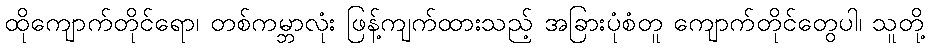
ထိုကျောက်တိုင်ရော၊ တစ်ကမ္ဘာလုံး ဖြန့်ကျက်ထားသည့် အခြားပုံစံတူ ကျောက်တိုင်တွေပါ၊ သူတို့